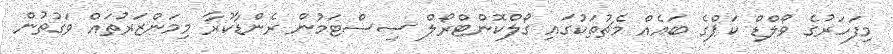
މިފަހަރުގެ ވޯލްޑް ކަޕްގެ ބައެއް މެޗުތަކުގައި ގޯލްކޮންޓްރޯލް ސިސްޓަމުން ރެންޑާކުރާ މިމަންޒަރުތައް ވަގުތުން